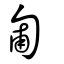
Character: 匍